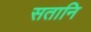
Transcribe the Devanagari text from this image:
सतानि